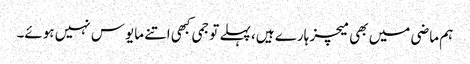
ہم ماضی میں بھی میچز ہارے ہیں، پہلے تو جمی کبھی اتنے مایوس نہیں ہوئے۔